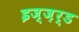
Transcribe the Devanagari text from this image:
इज्ज़र्ड